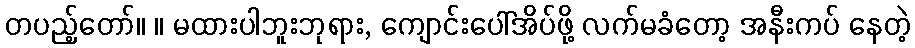
တပည့်တော်။ ။ မထားပါဘူးဘုရား, ကျောင်းပေါ်အိပ်ဖို့ လက်မခံတော့ အနီးကပ် နေတဲ့